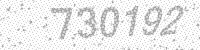
Solution: 730192